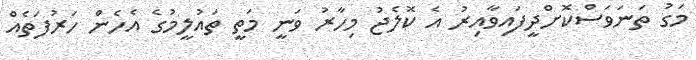
މަގު ތަނަވަސްކޮށްދީފައިވާއިރު އެ ކޮލެޖު މިހާރު ވަނީ މަތީ ތައުލީމުގެ އެހެން ހަރުފަތެއް